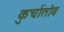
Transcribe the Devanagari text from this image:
कुर्चातोव